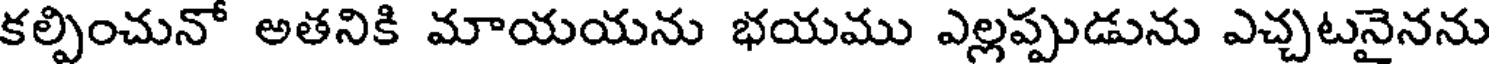
కల్పించునో అతనికి మాయయను భయము ఎల్లప్పుడును ఎచ్చటనైనను